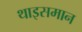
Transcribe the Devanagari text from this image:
थाइसमान